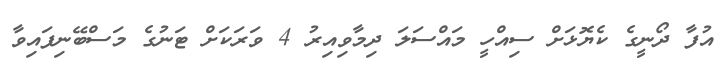
އުފާ ދޯނީގެ ކެޔޮޅަށް ސިއްހީ މައްސަލަ ދިމާވިއިރު 4 ވަރަކަށް ޓަނުގެ މަސްބޭނިފައިވާ